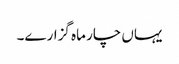
یہاں چار ماہ گزارے۔